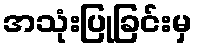
အသုံးပြုခြင်းမှ